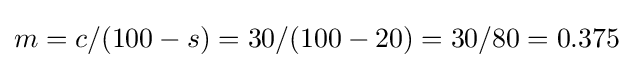
m=c/(100-s)=30/(100-20)=30/80=0.375